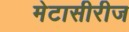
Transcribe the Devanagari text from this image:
मेटासीरीज